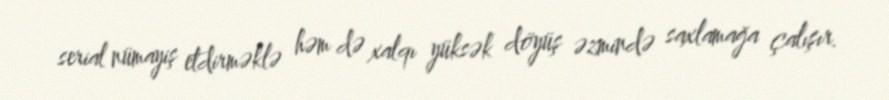
serial nümayiş etdirməklə həm də xalqı yüksək döyüş əzmində saxlamağa çalışır.